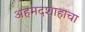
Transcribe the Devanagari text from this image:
अहमदशाहाचा